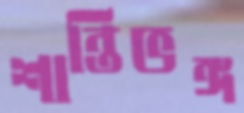
শান্তিভঙ্গ